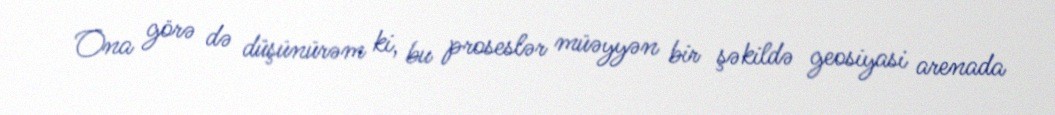
Ona görə də düşünürəm ki, bu proseslər müəyyən bir şəkildə geosiyasi arenada